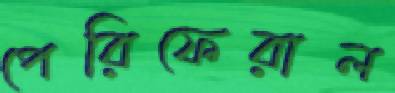
পেরিফেরাল